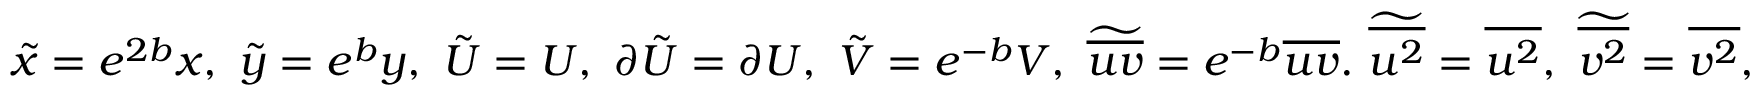
\tilde { x } = e ^ { 2 b } x , \ \tilde { y } = e ^ { b } y , \ \tilde { U } = U , \ \partial \tilde { U } = \partial U , \ \tilde { V } = e ^ { - b } V , \ \widetilde { \overline { { u v } } } = e ^ { - b } \overline { { u v } } . \ \widetilde { \overline { { u ^ { 2 } } } } = \overline { { u ^ { 2 } } } , \ \widetilde { \overline { { v ^ { 2 } } } } = \overline { { v ^ { 2 } } } ,